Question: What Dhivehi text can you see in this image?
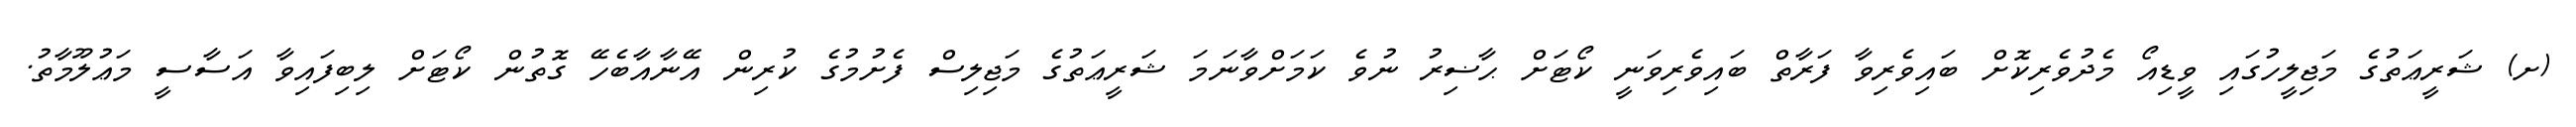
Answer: (ށ) ޝަރީޢަތުގެ މަޖިލީހުގައި ވީޑިއޯ މެދުވެރިކޮށް ބައިވެރިވާ ފަރާތް ބައިވެރިވަނީ ކޯޓަށް ޙާޟިރު ނުވެ ކަމަށްވާނަމަ ޝަރީޢަތުގެ މަޖިލިސް ފެށުމުގެ ކުރިން އޭނާއާބެހޭ ގޮތުން ކޯޓަށް ލިބިފައިވާ އަސާސީ މަޢުލޫމާތު.